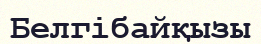
Белгібайқызы